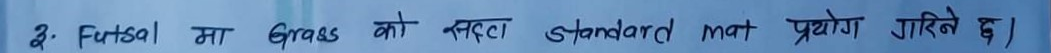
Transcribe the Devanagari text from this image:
३: Futsal मा Grass को स्दटा standard mat प्रयोग गरिने छ।